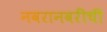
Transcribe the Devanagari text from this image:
नवरानवरींची